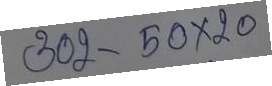
302 - 50 x 20